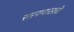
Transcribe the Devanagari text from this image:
सरपणासाठी